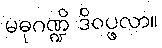
မဓုဂဏ္ဍိ ဒိဝပ္ဖလာ။